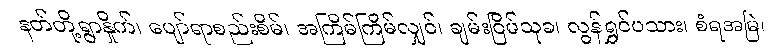
နတ်တို့ရွာနှိုက်၊ ပျော်ရာစည်းစိမ်၊ အကြိမ်ကြိမ်လျှင်၊ ချမ်းငြိမ်သုခ၊ လွန်ရွှင်ပသား၊ စံရအမြဲ၊